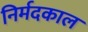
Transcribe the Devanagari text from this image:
निर्मदकाल